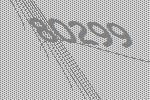
80299